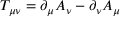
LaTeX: T _ { \mu \nu } = \partial _ { \mu } A _ { \nu } - \partial _ { \nu } A _ { \mu }